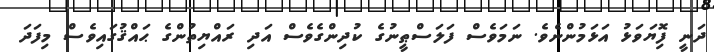
ދަނީ ފިޮޔަވަޅު އަޅަމުންނެވެ. ނަމަވެސް ފަލަސްޠީނުގެ ކުދިންގެވެސް އަދި ރައްޔިތުންގެ ޙައްޤުގައިވެސް މިފަދަ